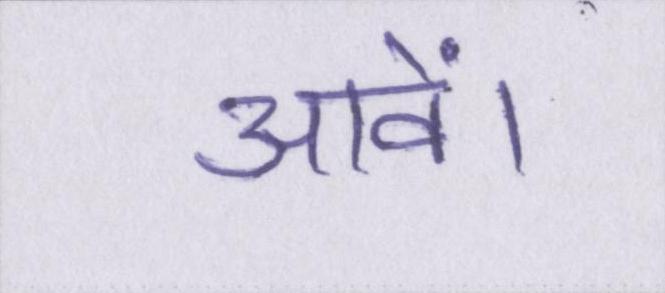
आवें।